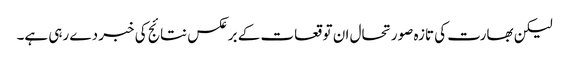
لیکن بھارت کی تازہ صورتحال ان توقعات کے برعکس نتائج کی خبر دے رہی ہے۔